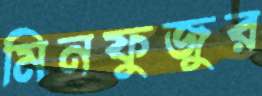
মিনফুজুর